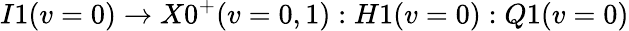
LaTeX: I1(v=0)\to X0^{+}(v=0,1):H1(v=0):Q1(v=0)